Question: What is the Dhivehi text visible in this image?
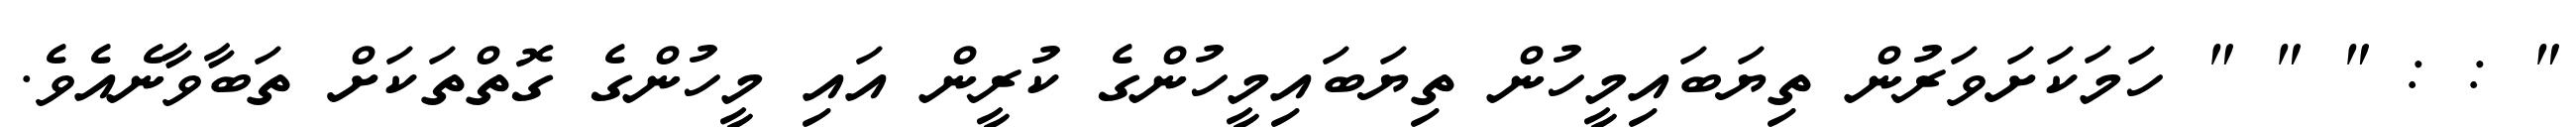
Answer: " : : " " " ހަމަކަށަވަރުން ތިޔަބައިމީހުން ތިޔަބައިމީހުންގެ ކުރީން އައި މީހުންގެ ގޮތްތަކަށް ތަބާވާނެއެވެ.